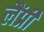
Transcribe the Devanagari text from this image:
लैंप्री